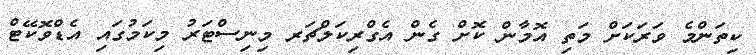
ކިތަންމެ ވަރަކަށް މަތި އޮމާން ކޮށް ގެން އެގްރިކަލްޗަރ މިނިސްޓަރު މިކަމުގައި އެޑްވޮކޭޓް